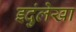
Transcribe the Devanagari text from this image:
इदुंलेखा